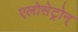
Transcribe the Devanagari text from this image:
एलोसेट्रोन्